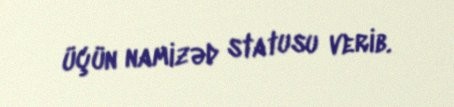
üçün namizəd statusu verib.